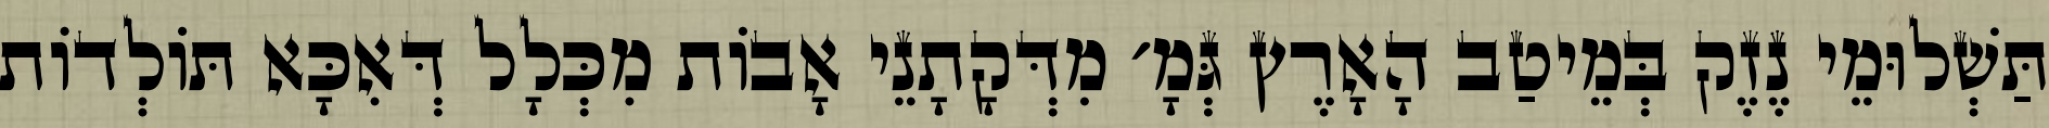
תַּשְׁלוּמֵי נֶזֶק בְּמֵיטַב הָאָרֶץ גְּמָ׳ מִדְּקָתָנֵי אָבוֹת מִכְּלָל דְּאִכָּא תּוֹלְדוֹת